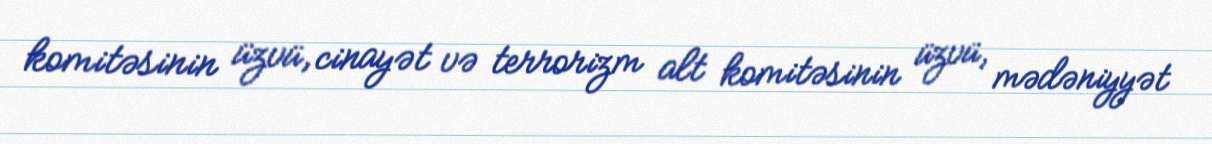
komitəsinin üzvü, cinayət və terrorizm alt komitəsinin üzvü, mədəniyyət